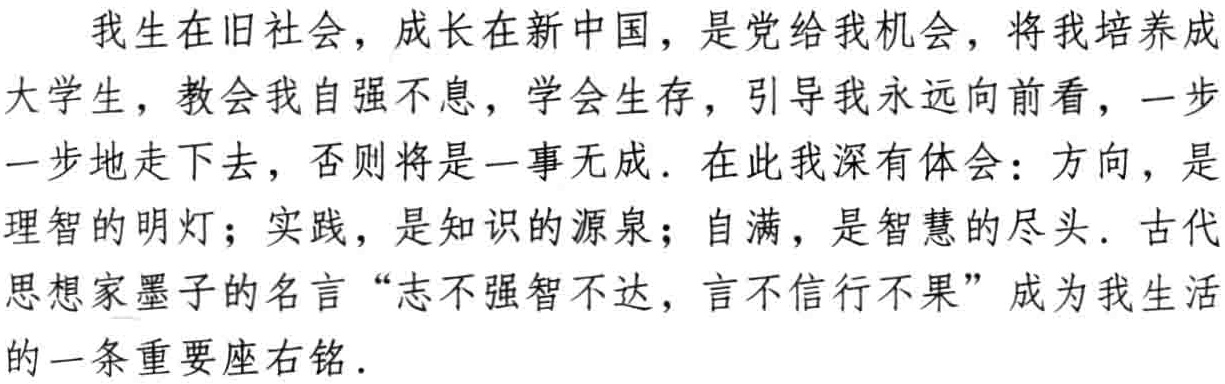
我生在旧社会，成长在新中国，是党给我机会，将我培养成

大学生，教会我自强不息，学会生存，引导我永远向前看，一步

一步地走下去，否则将是一事无成. 在此我深有体会：方向，是

理智的明灯；实践，是知识的源泉；自满，是智慧的尽头. 古代

思想家墨子的名言“志不强智不达，言不信行不果” 成为我生活

的一条重要座右铭.